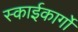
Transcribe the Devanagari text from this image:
स्काईकार्गो